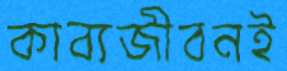
কাব্যজীবনই